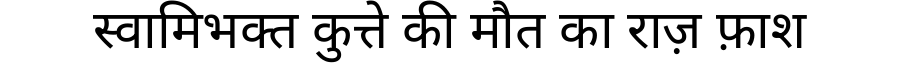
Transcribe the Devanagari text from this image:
स्वामिभक्त कुत्ते की मौत का राज़ फ़ाश